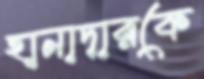
হানাদারকে